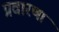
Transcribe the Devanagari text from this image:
प्रवारणा